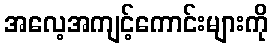
အလေ့အကျင့်ကောင်းများကို